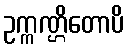
ဥက္ကဏ္ဌိတောပိ